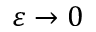
\varepsilon \rightarrow 0